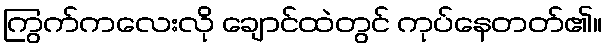
ကြွက်ကလေးလို ချောင်ထဲတွင် ကုပ်နေတတ်၏။